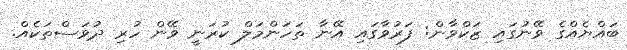
ބައްޔެއްގެ ވޭނުގައި ޒަކްވާން: ފަރުވާގައި އޭނާ ތަހަންމަލް ކުރަނީ ވޭން ހުރި ދުވަސްތަކެއް.